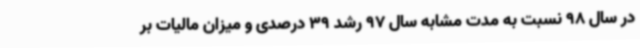
در سال 98 نسبت به مدت مشابه سال 97 رشد 39 درصدی و میزان مالیات بر